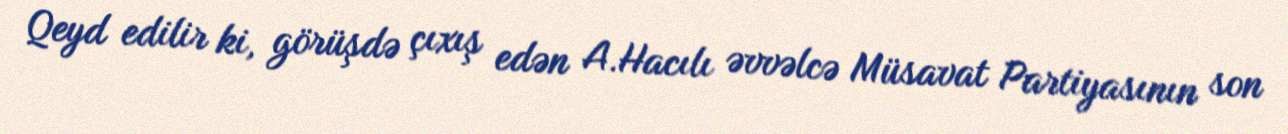
Qeyd edilir ki, görüşdə çıxış edən A.Hacılı əvvəlcə Müsavat Partiyasının son